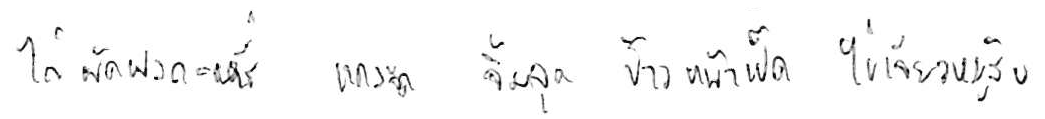
ไก่ผัดผงกะหรี่ แกงจืด จิ้มจุ่ม ข้าวหน้าเป็ด ไข่เจียวหมูสับ